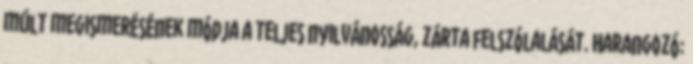
múlt megismerésének módja a teljes nyilvánosság, zárta felszólalását. Harangozó: